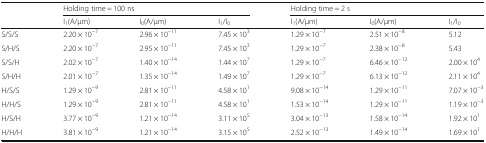
<table><thead><tr><td rowspan="2"></td><td colspan="3"><b>Holding time = 100 ns</b></td><td colspan="3"><b>Holding time = 2 s</b></td></tr><tr><td><b>I<sub>1</sub>(A/μm)</b></td><td><b>I<sub>0</sub>(A/μm)</b></td><td><b>I<sub>1</sub>/I<sub>0</sub></b></td><td><b>I<sub>1</sub>(A/μm)</b></td><td><b>I<sub>0</sub>(A/μm)</b></td><td><b>I<sub>1</sub>/I<sub>0</sub></b></td></tr></thead><tbody><tr><td>S/S/S</td><td>2.20 × 10<sup>−7</sup></td><td>2.96 × 10<sup>−11</sup></td><td>7.45 × 10<sup>3</sup></td><td>1.29 × 10<sup>−7</sup></td><td>2.51 × 10<sup>−8</sup></td><td>5.12</td></tr><tr><td>S/H/S</td><td>2.20 × 10<sup>−7</sup></td><td>2.95 × 10<sup>−11</sup></td><td>7.45 × 10<sup>3</sup></td><td>1.29 × 10<sup>−7</sup></td><td>2.38 × 10<sup>−8</sup></td><td>5.43</td></tr><tr><td>S/S/H</td><td>2.02 × 10<sup>−7</sup></td><td>1.40 × 10<sup>−14</sup></td><td>1.44 × 10<sup>7</sup></td><td>1.29 × 10<sup>−7</sup></td><td>6.46 × 10<sup>−12</sup></td><td>2.00 × 10<sup>4</sup></td></tr><tr><td>S/H/H</td><td>2.01 × 10<sup>−7</sup></td><td>1.35 × 10<sup>−14</sup></td><td>1.49 × 10<sup>7</sup></td><td>1.29 × 10<sup>−7</sup></td><td>6.13 × 10<sup>−12</sup></td><td>2.11 × 10<sup>4</sup></td></tr><tr><td>H/S/S</td><td>1.29 × 10<sup>−9</sup></td><td>2.81 × 10<sup>−11</sup></td><td>4.58 × 10<sup>1</sup></td><td>9.08 × 10<sup>−14</sup></td><td>1.29 × 10<sup>−11</sup></td><td>7.07 × 10<sup>−3</sup></td></tr><tr><td>H/H/S</td><td>1.29 × 10<sup>−9</sup></td><td>2.81 × 10<sup>−11</sup></td><td>4.58 × 10<sup>1</sup></td><td>1.53 × 10<sup>−14</sup></td><td>1.29 × 10<sup>−11</sup></td><td>1.19 × 10<sup>−3</sup></td></tr><tr><td>H/S/H</td><td>3.77 × 10<sup>−9</sup></td><td>1.21 × 10<sup>−14</sup></td><td>3.11 × 10<sup>5</sup></td><td>3.04 × 10<sup>−13</sup></td><td>1.58 × 10<sup>−14</sup></td><td>1.92 × 10<sup>1</sup></td></tr><tr><td>H/H/H</td><td>3.81 × 10<sup>−9</sup></td><td>1.21 × 10<sup>−14</sup></td><td>3.15 × 10<sup>5</sup></td><td>2.52 × 10<sup>−13</sup></td><td>1.49 × 10<sup>−14</sup></td><td>1.69 × 10<sup>1</sup></td></tr></tbody></table>